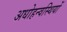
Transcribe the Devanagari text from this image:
अधोहन्वस्थियों